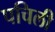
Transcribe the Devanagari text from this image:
पचिली